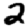
Digit: 2